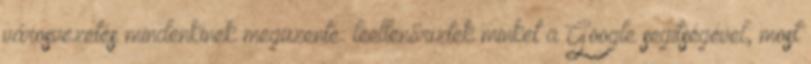
városvezetés mindenkinek megüzente: leellenőriztek minket a Google segítségével, most